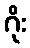
ဂိုး